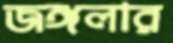
জঙ্গলার